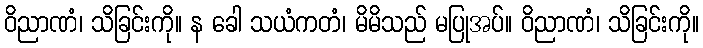
ဝိညာဏံ၊ သိခြင်းကို။ န ခေါ သယံကတံ၊ မိမိသည် မပြုအပ်။ ဝိညာဏံ၊ သိခြင်းကို။